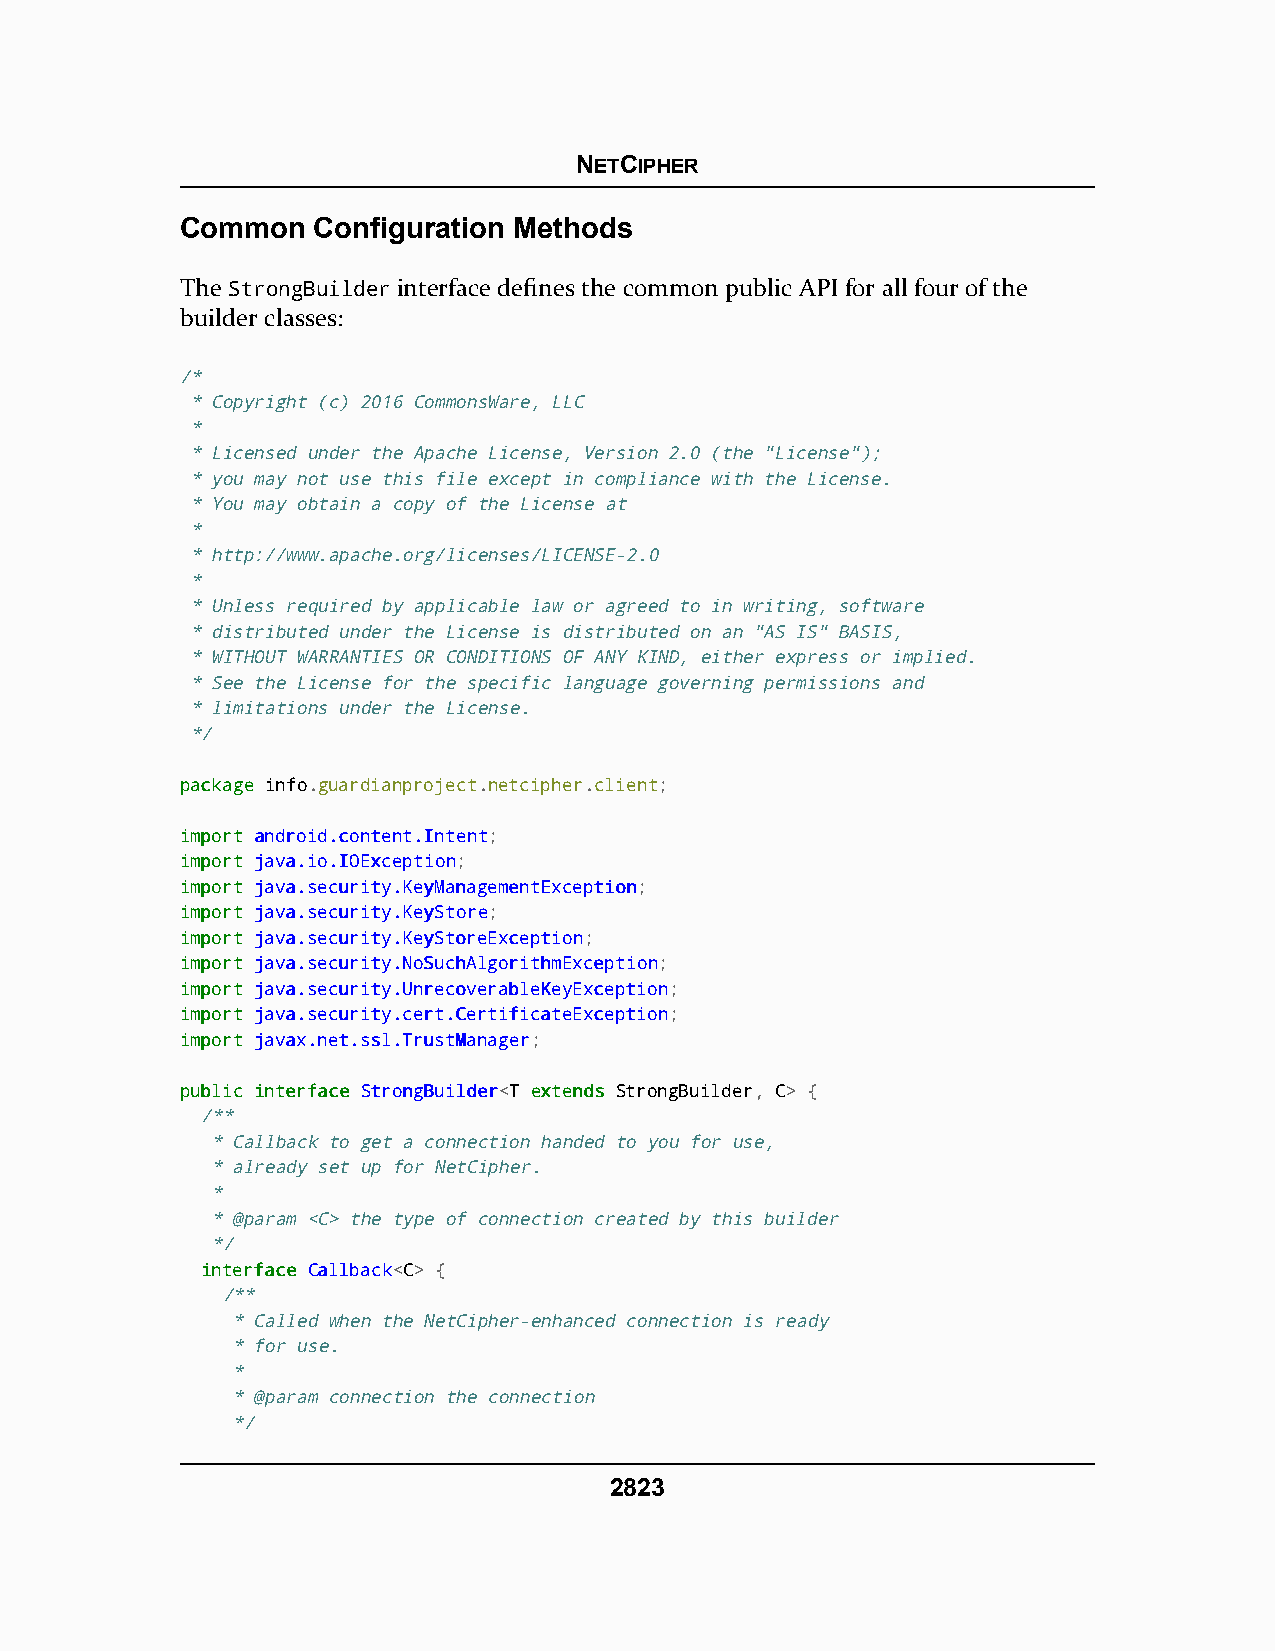
NETCIPHER
 Common   Configuration Methods
 The StrongBuilder interface defines the common public API for all four of the
 builder classes:
 /*
 * Copyright (c) 2016 CommonsWare, LLC
 *
 * Licensed under the Apache License, Version 2.0 (the "License");
 * you may not use this file except in compliance with the License.
 * You may obtain a copy of the License at
 *
 * http://www.apache.org/licenses/LICENSE-2.0
 *
 * Unless required by applicable law or agreed to in writing, software
 * distributed under the License is distributed on an "AS IS" BASIS,
 * WITHOUT WARRANTIES OR CONDITIONS OF ANY KIND, either express or implied.
 * See the License for the specific language governing permissions and
 * limitations under the License.
 */
 ppaacckkaaggee info.guardianproject.netcipher.client;
 iimmppoorrtt aannddrrooiidd..ccoonntteenntt..IInntteenntt;
 iimmppoorrtt jjaavvaa..iioo..IIOOEExxcceeppttiioonn;
 iimmppoorrtt jjaavvaa..sseeccuurriittyy..KKeeyyMMaannaaggeemmeennttEExxcceeppttiioonn;
 iimmppoorrtt jjaavvaa..sseeccuurriittyy..KKeeyySSttoorree;
 iimmppoorrtt jjaavvaa..sseeccuurriittyy..KKeeyySSttoorreeEExxcceeppttiioonn;
 iimmppoorrtt jjaavvaa..sseeccuurriittyy..NNooSSuucchhAAllggoorriitthhmmEExxcceeppttiioonn;
 iimmppoorrtt jjaavvaa..sseeccuurriittyy..UUnnrreeccoovveerraabblleeKKeeyyEExxcceeppttiioonn;
 iimmppoorrtt jjaavvaa..sseeccuurriittyy..cceerrtt..CCeerrttiiffiiccaatteeEExxcceeppttiioonn;
 iimmppoorrtt jjaavvaaxx..nneett..ssssll..TTrruussttMMaannaaggeerr;
 ppuubblliicc iinntteerrffaaccee SSttrroonnggBBuuiillddeerr<T eexxtteennddss StrongBuilder, C> {
 /**
 * Callback to get a connection handed to you for use,
 * already set up for NetCipher.
 *
 * @param <C> the type of connection created by this builder
 */
 iinntteerrffaaccee CCaallllbbaacckk<C> {
 /**
 * Called when the NetCipher-enhanced connection is ready
 * for use.
 *
 * @param connection the connection
 */
 2823